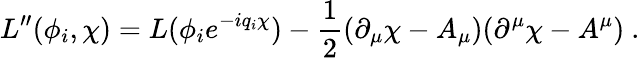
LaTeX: L^{\prime\prime}(\phi_{i},\chi)=L(\phi_{i}e^{-iq_{i}\chi})-\frac{1}{2}(\partial_{\mu}\chi-A_{\mu})(\partial^{\mu}\chi-A^{\mu})\ .